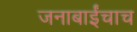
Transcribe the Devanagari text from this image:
जनाबाईंचाच